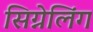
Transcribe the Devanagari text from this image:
सिग्नेलिंग